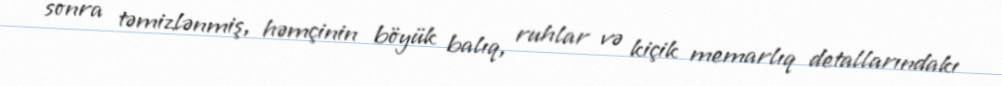
sonra təmizlənmiş, həmçinin böyük balıq, ruhlar və kiçik memarlıq detallarındakı